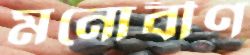
মনোবীণ